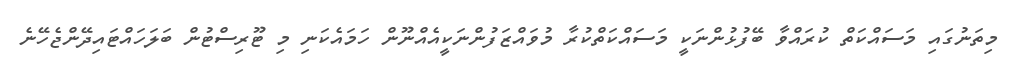
މިތަނުގައި މަސައްކަތް ކުރައްވާ ބޭފުޅުންނަކީ މަސައްކަތްކުރާ މުވައްޒަފުންނަކީއެއްނޫން ހަމައެކަނި މި ޓޫރިސްޓުން ބަލަހައްޓައިދޭންޖެހޭނެ